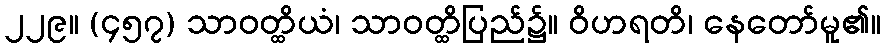
၂၂၉။ (၄၅၇) သာဝတ္ထိယံ၊ သာဝတ္ထိပြည်၌။ ဝိဟရတိ၊ နေတော်မူ၏။